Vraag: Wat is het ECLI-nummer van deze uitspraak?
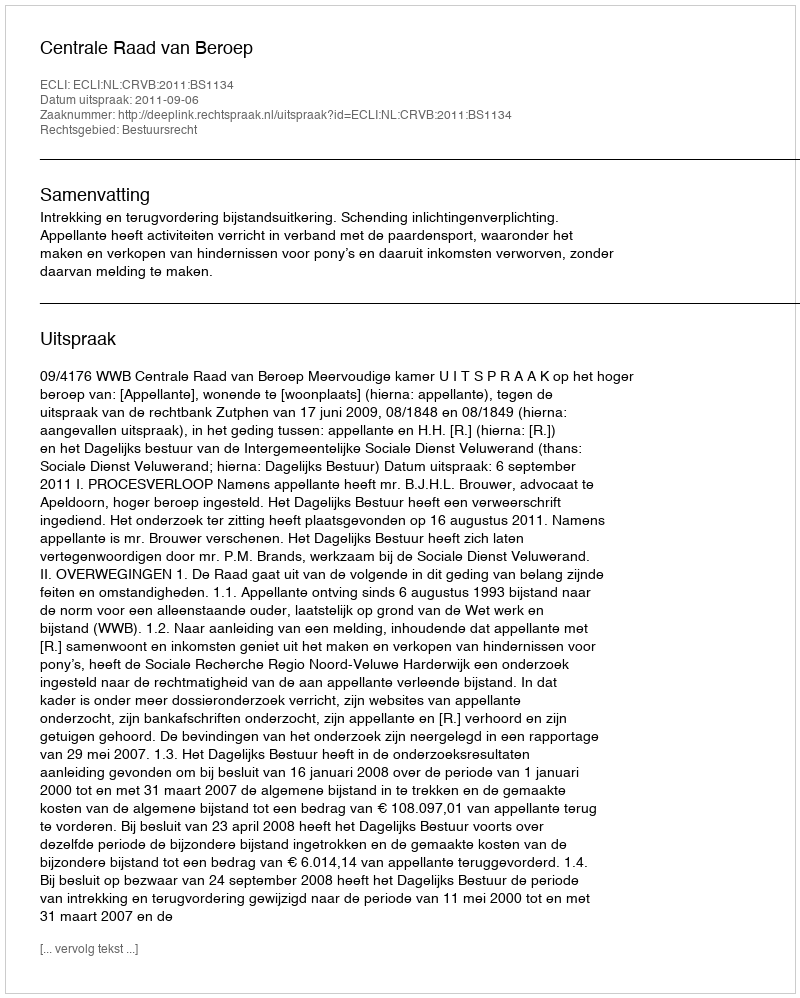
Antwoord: ECLI:NL:CRVB:2011:BS1134